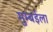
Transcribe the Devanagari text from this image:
मुम्बईला